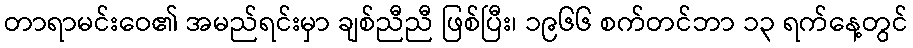
တာရာမင်းဝေ၏ အမည်ရင်းမှာ ချစ်ညီညီ ဖြစ်ပြီး၊ ၁၉၆၆ စက်တင်ဘာ ၁၃ ရက်နေ့တွင်